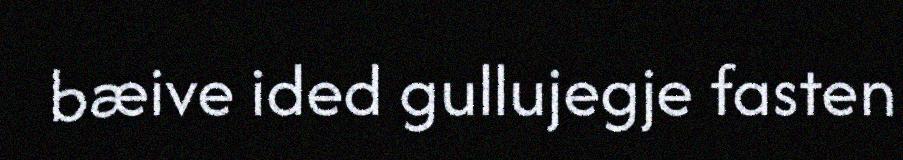
bæive ided gullujegje fasten